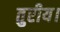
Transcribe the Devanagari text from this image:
तुरीय।